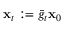
{ \mathbf { x } } _ { t } : = \bar { g } _ { t } { \mathbf { x } } _ { 0 }